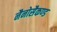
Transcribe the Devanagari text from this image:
नैनोसैकण्ड